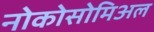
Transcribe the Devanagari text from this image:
नोकोसोमिअल